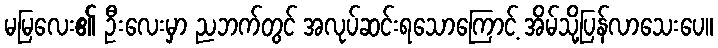
မမြလေး၏ ဦးလေးမှာ ညဘက်တွင် အလုပ်ဆင်းရသောကြောင့် အိမ်သို့ပြန်လာသေးပေ။